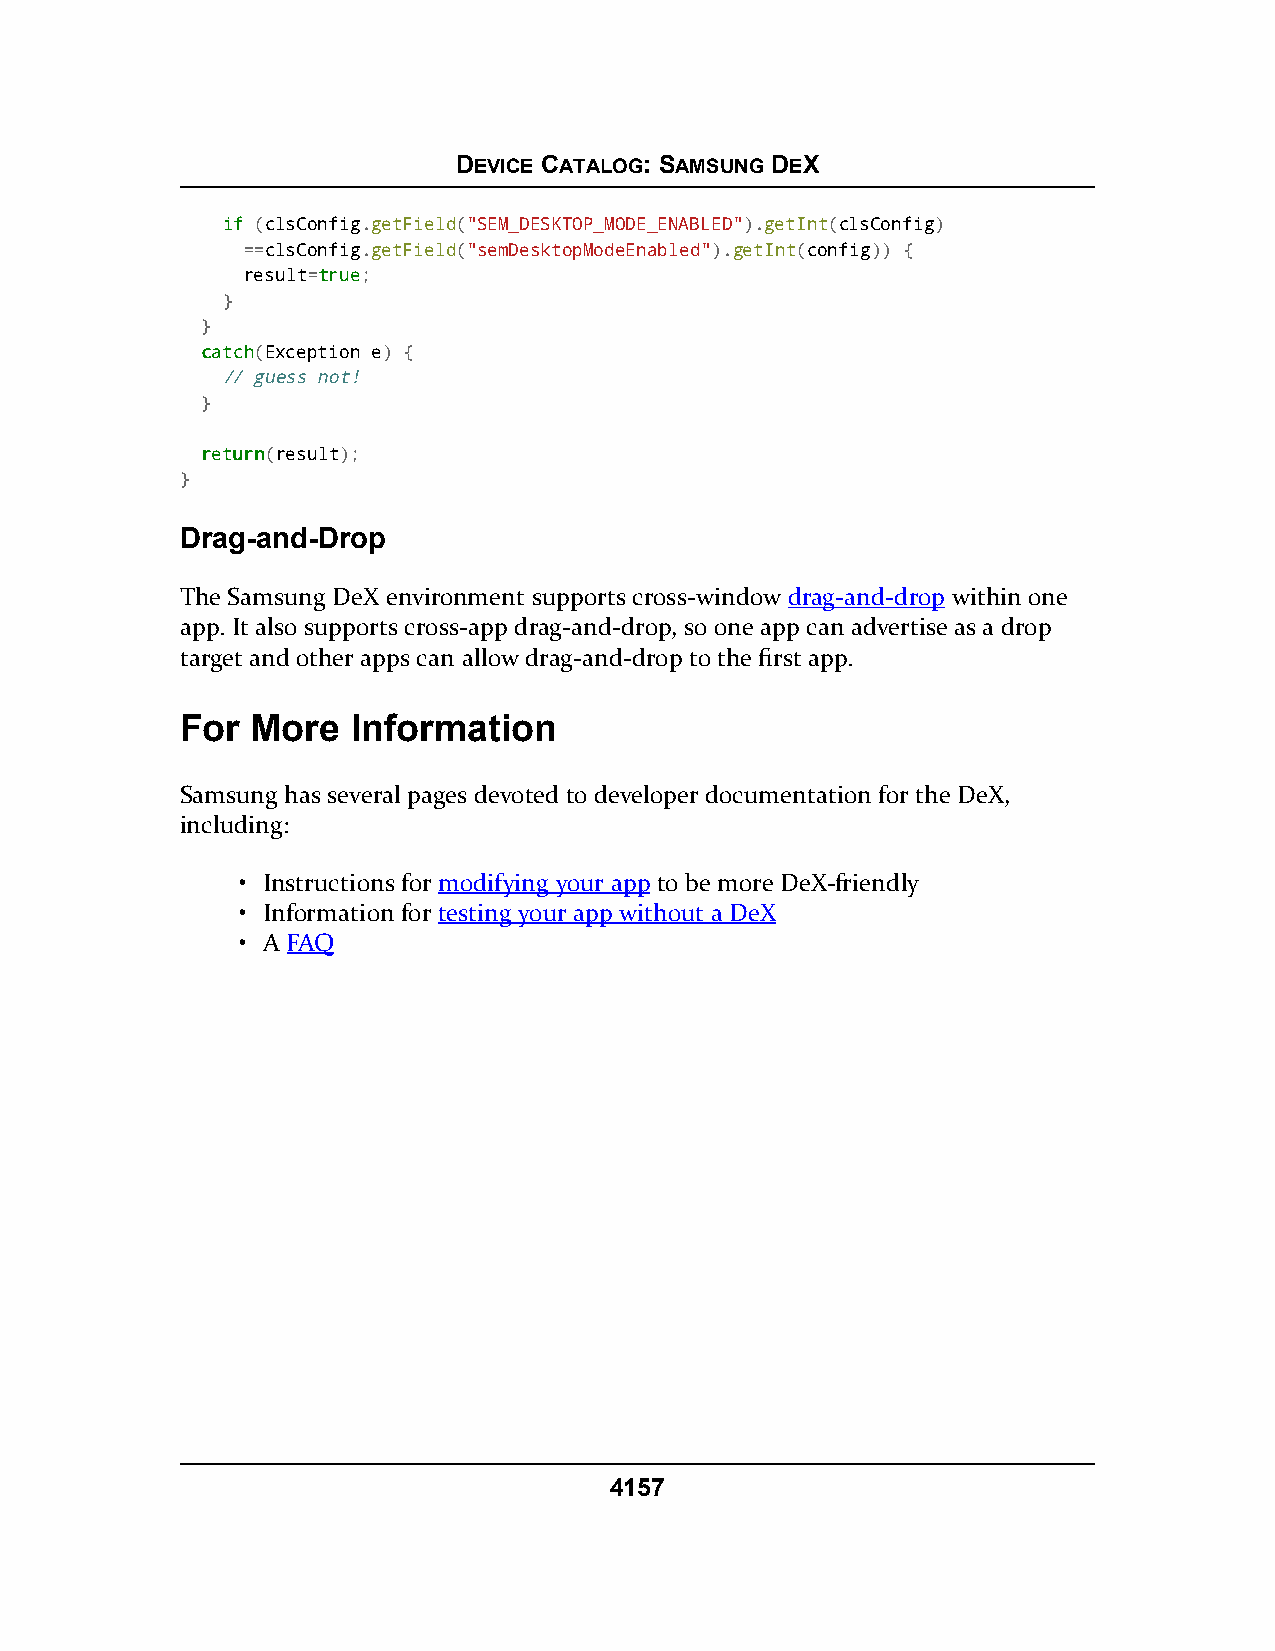
DEVICE CATALOG: SAMSUNG DEX
 iiff (clsConfig.getField("SEM_DESKTOP_MODE_ENABLED").getInt(clsConfig)
 ==clsConfig.getField("semDesktopModeEnabled").getInt(config)) {
 result=ttrruuee;
 }
 }
 ccaattcchh(Exception e) {
 // guess not!
 }
 rreettuurrnn(result);
 }
 Drag-and-Drop
 The Samsung DeX environment supports cross-window drag-and-drop within one
 app. It also supports cross-app drag-and-drop, so one app can advertise as a drop
 target and other apps can allow drag-and-drop to the first app.
 For  More  Information
 Samsung has several pages devoted to developer documentation for the DeX,
 including:
 • Instructions for modifying your app to be more DeX-friendly
 • Information for testing your app without a DeX
 • A FAQ
 4157